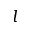
l